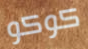
كوكو